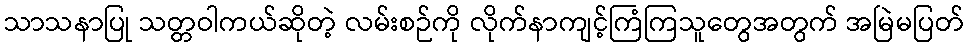
သာသနာပြု သတ္တဝါကယ်ဆိုတဲ့ လမ်းစဉ်ကို လိုက်နာကျင့်ကြံကြသူတွေအတွက် အမြဲမပြတ်